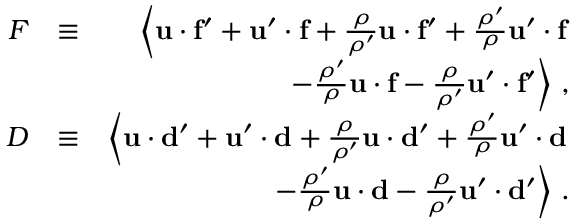
\begin{array} { r l r } { F } & { \equiv } & { \left\langle { \bf u } \cdot { \bf f ^ { \prime } } + { \bf u } ^ { \prime } \cdot { \bf f } + { \frac { \rho } { \rho ^ { \prime } } } { \bf u } \cdot { \bf f ^ { \prime } } + { \frac { \rho ^ { \prime } } { \rho } } { \bf u } ^ { \prime } \cdot { \bf f } \right. } \\ & { } & { \left. - { \frac { \rho ^ { \prime } } { \rho } } { \bf u } \cdot { \bf f } - { \frac { \rho } { \rho ^ { \prime } } } { \bf u } ^ { \prime } \cdot { \bf f ^ { \prime } } \right\rangle \, , } \\ { D } & { \equiv } & { \left\langle { \bf u } \cdot { \bf d ^ { \prime } } + { \bf u } ^ { \prime } \cdot { \bf d } + { \frac { \rho } { \rho ^ { \prime } } } { \bf u } \cdot { \bf d ^ { \prime } } + { \frac { \rho ^ { \prime } } { \rho } } { \bf u } ^ { \prime } \cdot { \bf d } \right. } \\ & { } & { \left. - { \frac { \rho ^ { \prime } } { \rho } } { \bf u } \cdot { \bf d } - { \frac { \rho } { \rho ^ { \prime } } } { \bf u } ^ { \prime } \cdot { \bf d ^ { \prime } } \right\rangle \, . } \end{array}